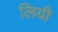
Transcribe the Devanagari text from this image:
लियी